Scottish Leaving Certificate Examination, 1955
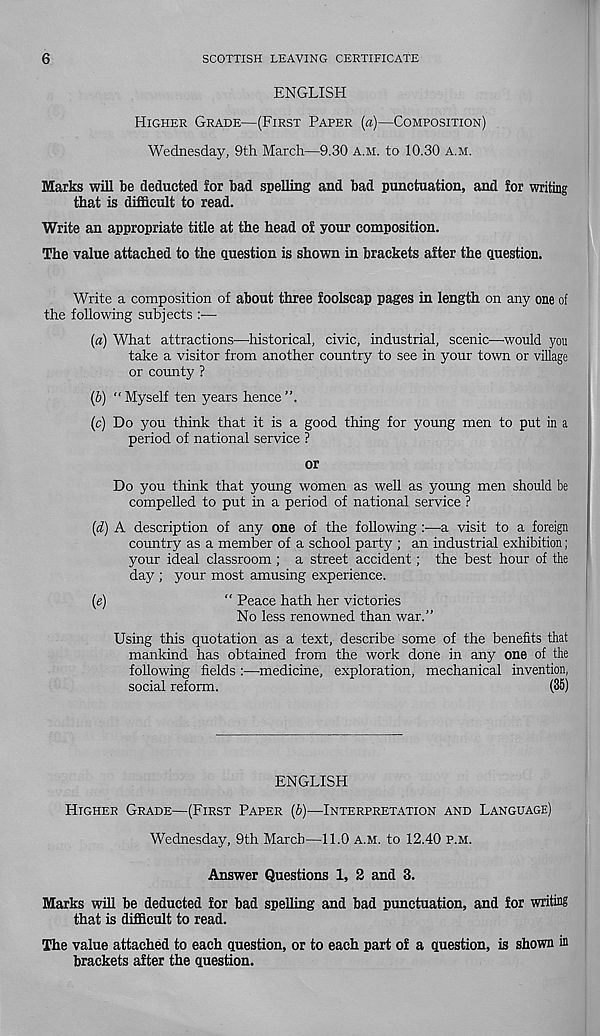
6
SCOTTISH LEAVING CERTIFICATE
ENGLISH
HIGHER GRADE—(FIRST PAPER (a)—COMPOSITION)
Wednesday, 9th March—9.30 A.M. to 10.30 A.M.
Marks will be deducted ior bad spelling and bad punctuation, and for writing
that is difficult to read.
Write an appropriate title at the head oi your composition.
The value attached to the question is shown in brackets after the question.
Write a composition of about three foolscap pages in length on any one of
the following subjects :■—-
(а) What attractions—historical, civic, industrial, scenic—would you
take a visitor from another country to see in your town or village
or county ?
(б) “Myself ten years hence”.
(c) Do you think that it is a good thing for young men to put in a
period of national service ?
or
Do you think that young women as well as young men should be
compelled to put in a period of national service ?
(d) A description of any one of the following :—a visit to a foreign
country as a member of a school party ; an industrial exhibition;
your ideal classroom ; a street accident; the best hour of the
day ; your most amusing experience.
(e)
“ Peace hath her victories
No less renowned than war.”
Using this quotation as a text, describe some of the benefits that
mankind has obtained from the work done in any one of the
following fields :—medicine, exploration, mechanical invention,
social reform.
(35)
ENGLISH
HIGHER GRADE—(FIRST PAPER (b)—INTERPRETATION AND LANGUAGE)
Wednesday, 9th March—11.0 A.M. to 12.40 P.M.
Answer Questions 1, 2 and 3.
Marks will be deducted for bad spelling and bad punctuation, and for writing
that is difficult to read.
The value attached to each question, or to each part of a question, is shown in
brackets after the question.